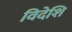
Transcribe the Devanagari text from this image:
विदेशि